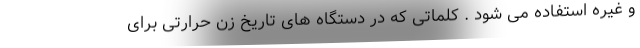
و غیره استفاده می شود . کلماتی که در دستگاه های تاریخ زن حرارتی برای